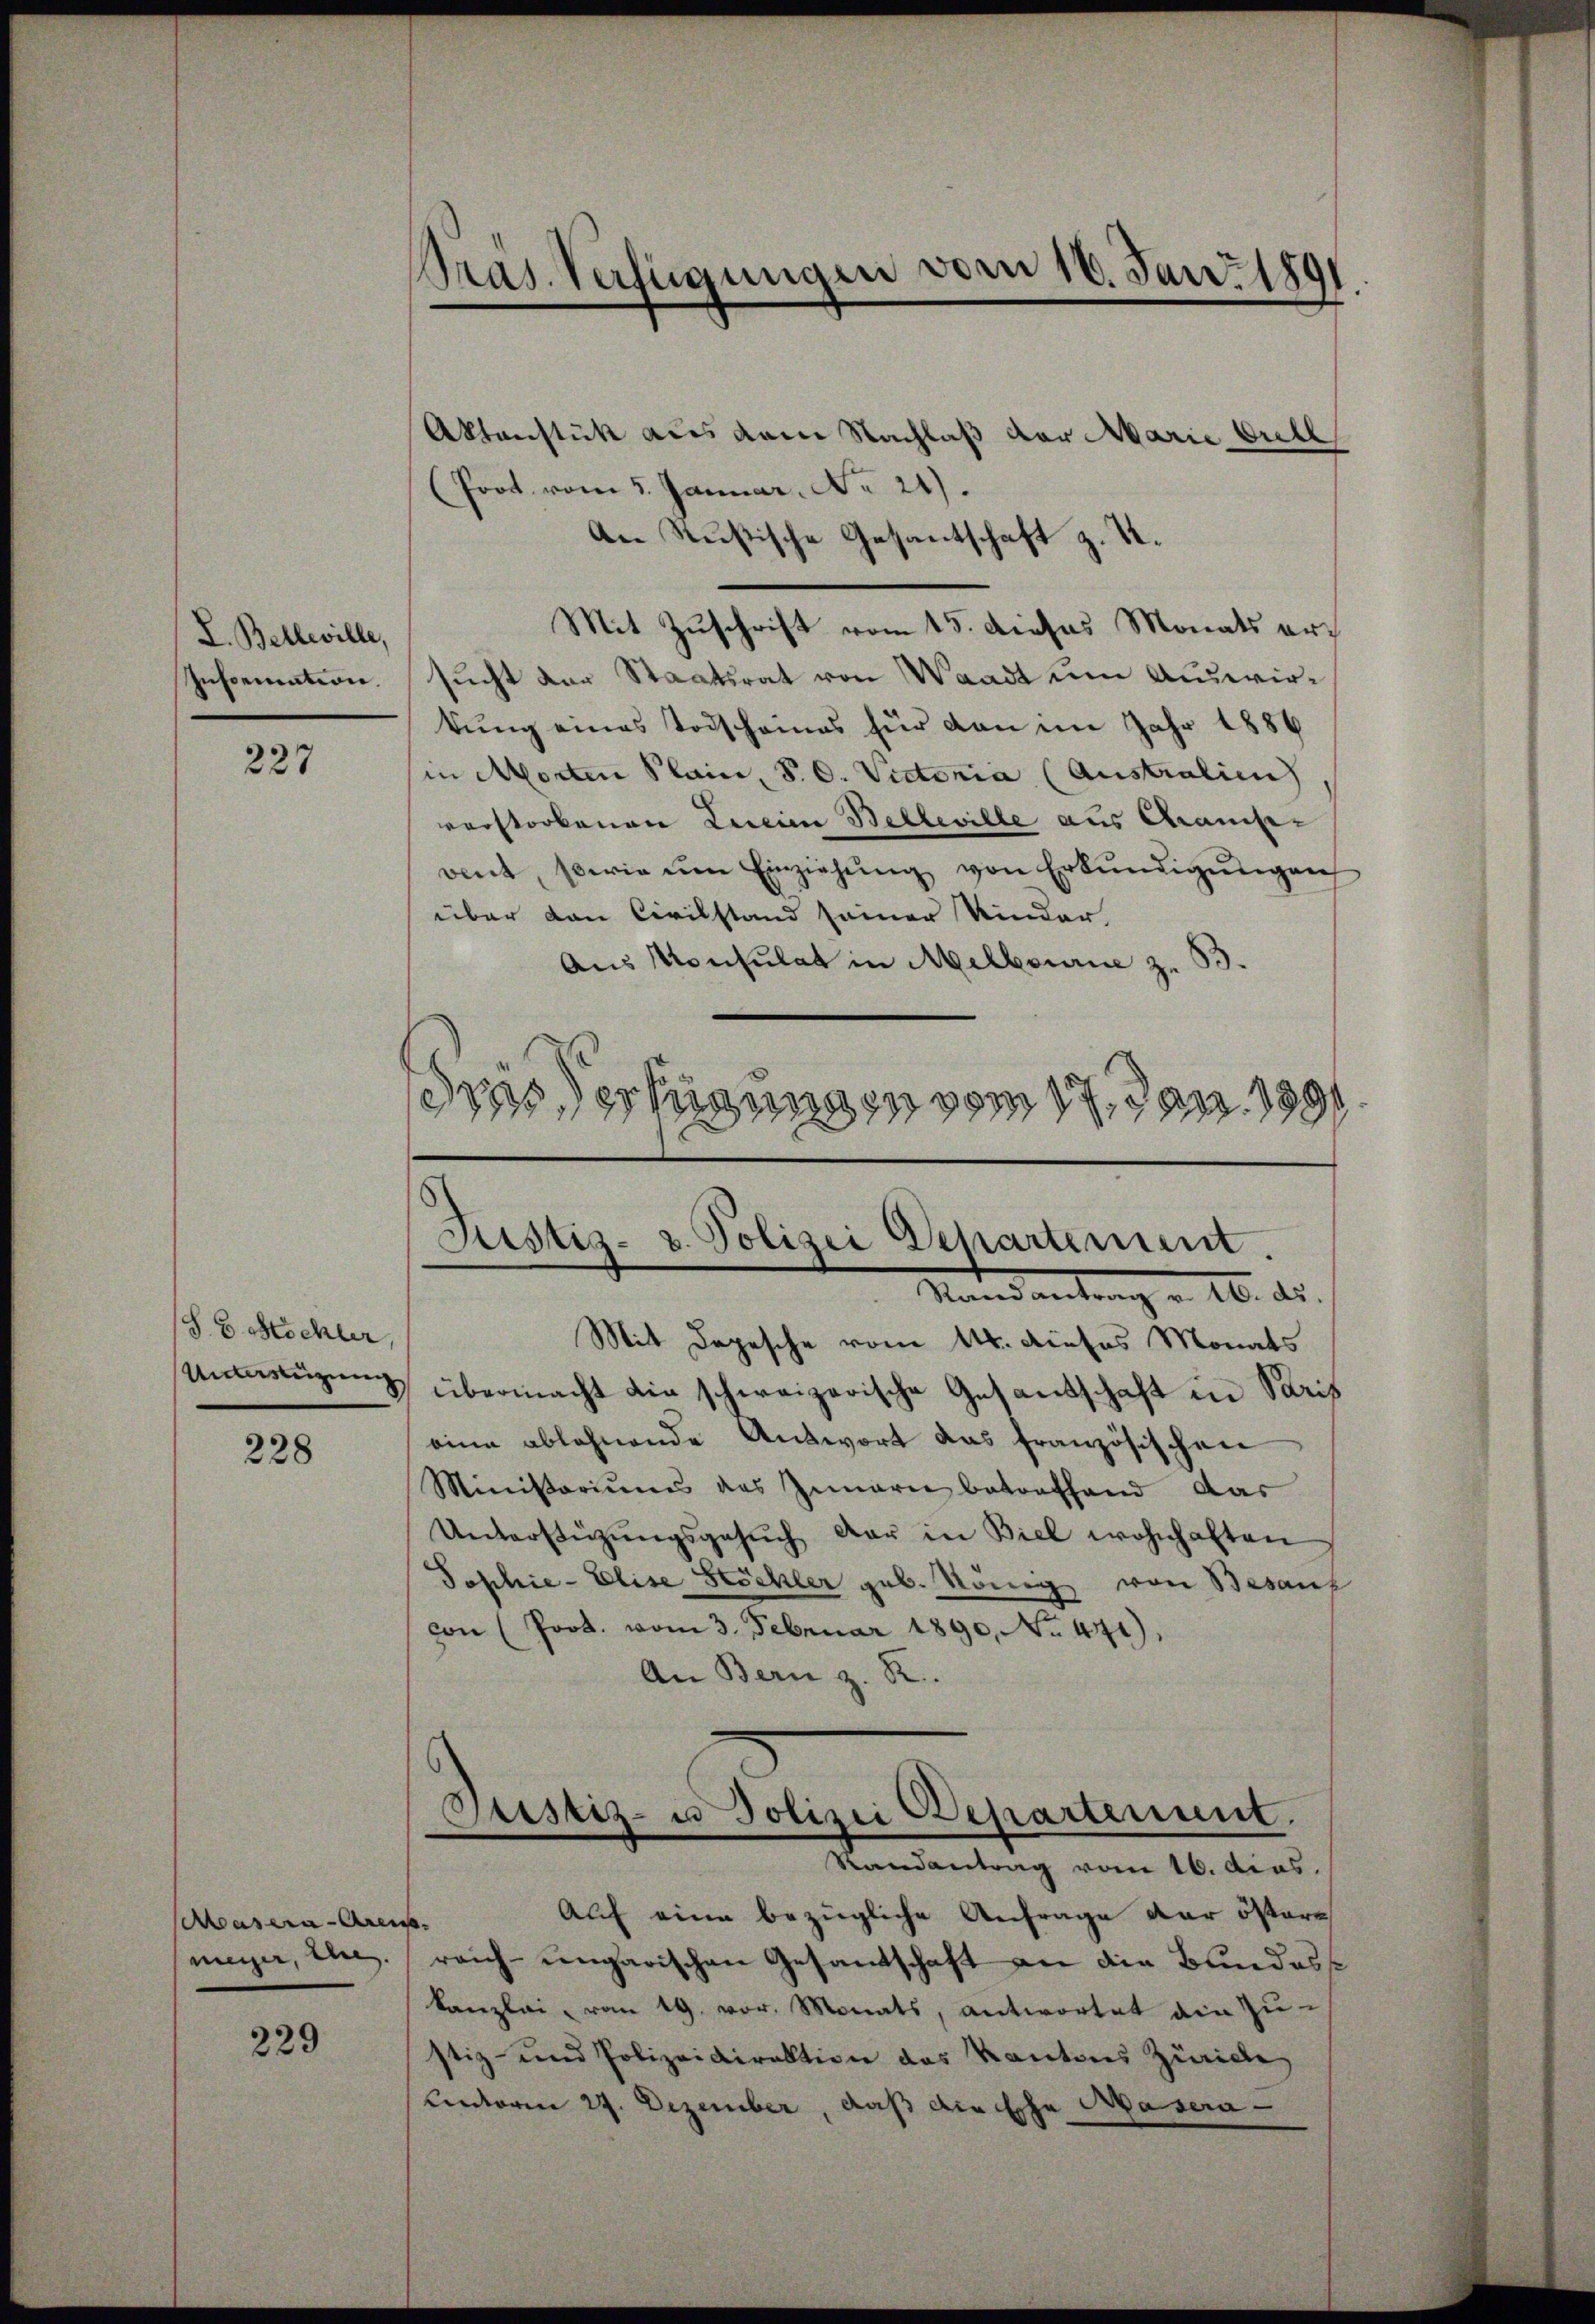
L. Belleille,

227

S. G. Michler,

228

Masera Arens.
meyer, un

229

Aktenstück aus dem Nachlaß der Marie bull
Prot. vom 5. Januar. No 21.
An Rußische Gesantschaft z. S.
Mit Zuschrift vom 15. dieses Monats er¬
Information sucht der Staatsrat von Waadt um Auswirkung eines Todscheines für von im Jahr 1886
in Morten Klein, S. C. Victoria (Australien
vorstorbenen Lucian Belleville aus Chrampvent, sowie ŭm Einziehŭng von Erkŭndigŭngen
über den Civilstand seiner Kinder,
Aus Konsulat in Melbourie z. 33.
das Verfügungen vom 17. Jan. 1891.

Pras. Verfügungen vom 16. Juni 1891.

Justiz- & Polizei Departement.
Randantrag v. 16. ds.

Mit Depesche vom 14. dieses Monats
einigung übermacht die schweizerische Gesandschaft in Paris
eine ablehnende Antwort das französischen
Ministoriums des Innern betreffend das
Unterstützŭngsgesŭch dar in Biel wohnhaften
Sophie-Elise Stöckler geb. König von Besauf
von (Prot. vom 3. Februar 1890, No. 441),
An Bern z. R.

Pustiz- u Polizei Departement.
Randantrag vom 16. dcas.

Auf eine bezügliche Anfrage der östere
reich-ungarischen Gesandtschaft an die Bundess
kanzlei, vom 19. vor. Monats, antwortet ain zu-
stiz- und Polizeidirektion des Kantons Zürich
unterm 27. Dezember, daß die Ehe Masera